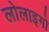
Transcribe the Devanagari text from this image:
लोलाइगो